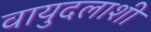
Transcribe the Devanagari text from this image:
वायुदलाशी